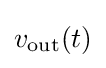
v_{\mathrm {out} }(t)